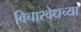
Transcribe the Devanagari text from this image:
विचारवेधच्या